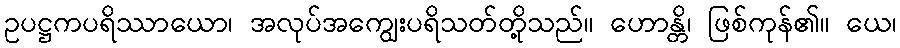
ဥပဋ္ဌကပရိဿာယော၊ အလုပ်အကျွေးပရိသတ်တို့သည်။ ဟောန္တိ၊ ဖြစ်ကုန်၏။ ယေ၊